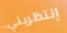
إنتظريني